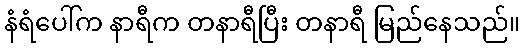
နံရံပေါ်က နာရီက တနာရီပြီး တနာရီ မြည်နေသည်။